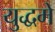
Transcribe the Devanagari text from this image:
युद्धमे